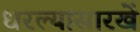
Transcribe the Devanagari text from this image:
धरल्यासारखें